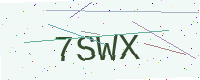
Text: 7SWX